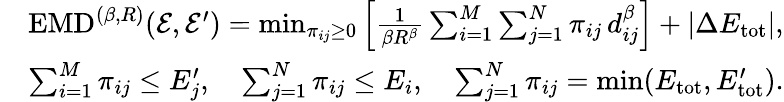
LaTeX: \begin{array}{rl}&{\mathrm{EMD}^{(\beta,R)}(\mathcal{E},\mathcal{E}^{\prime})=\operatorname*{min}_{\pi_{ij}\geq 0}\left[\frac{1}{\beta R^{\beta}}\sum_{i=1}^{M}\sum_{j=1}^{N}\pi_{ij}\, d_{ij}^{\beta}\right]+|\Delta E_{\mathrm{tot}}|,}\\ &{\sum_{i=1}^{M}\pi_{ij}\leq E_{j}^{\prime},\quad\sum_{j=1}^{N}\pi_{ij}\leq E_{i},\quad\sum_{j=1}^{N}\pi_{ij}=\operatorname*{min}(E_{\mathrm{tot}},E_{\mathrm{tot}}^{\prime}).}\end{array}